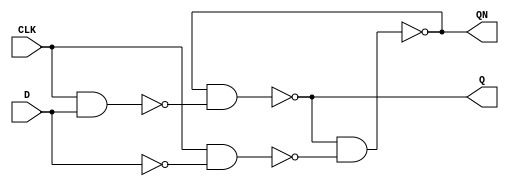
module D_latch(CLK,D,Q,QN);
	input CLK,D;
	output Q,QN;
	wire DN,x1,x2,QN;
	nand K1(x1,CLK,D);
	nand K2(x2,CLK,~D);
	nand K3(Q,QN,x1);
	nand K4(QN,Q,x2);
endmodule